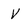
Character: V